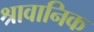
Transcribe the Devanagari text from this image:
श्रावानिक